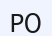
РО